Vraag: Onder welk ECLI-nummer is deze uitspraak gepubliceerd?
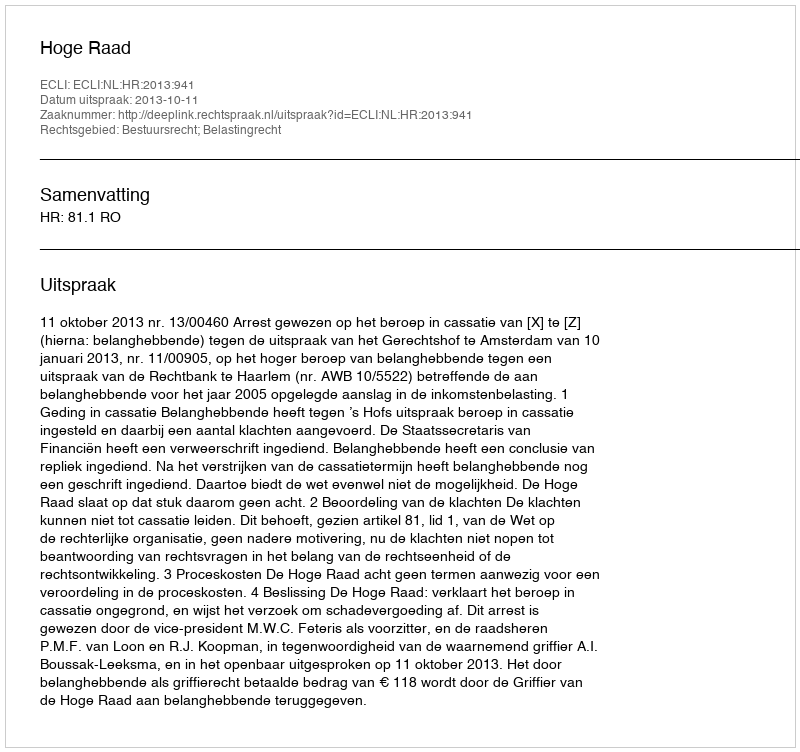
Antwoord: ECLI:NL:HR:2013:941